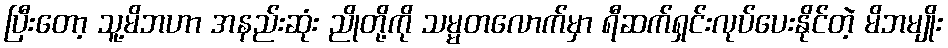
ပြီးတော့ သူ့မိဘဟာ အနည်းဆုံး ညိုတို့ကို သမ္မတလောက်မှာ ရီဆက်ရှင်းလုပ်ပေးနိုင်တဲ့ မိဘမျိုး